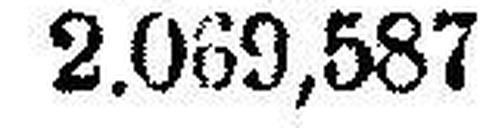
2.069,587